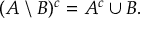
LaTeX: ( A \setminus B ) ^ { c } = A ^ { c } \cup B .